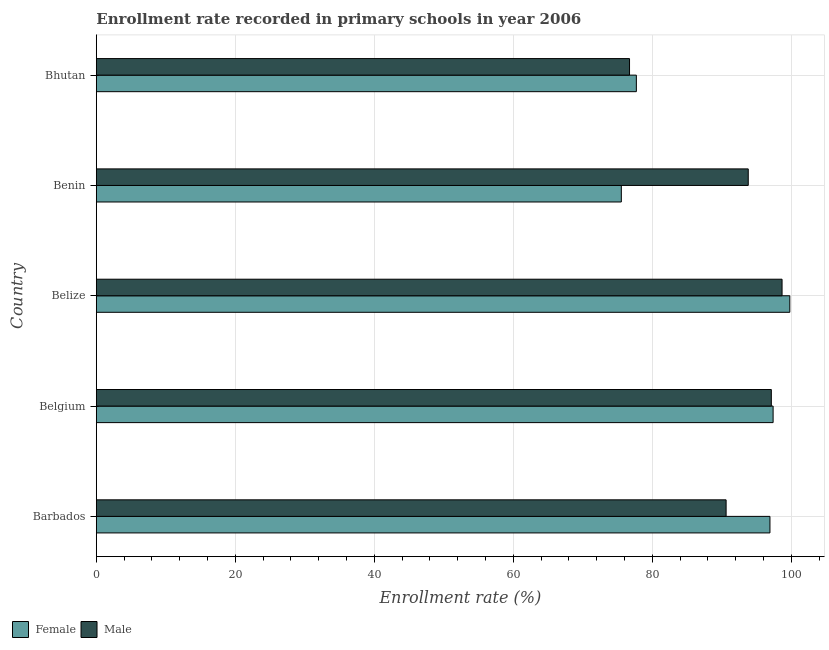
| Country | Female | Male |
 | --- | --- | --- |
 | Barbados | 96.9 | 90.6 |
 | Belgium | 97.4 | 97.1 |
 | Belize | 99.8 | 98.7 |
 | Benin | 75.5 | 93.8 |
 | Bhutan | 77.7 | 76.7 |